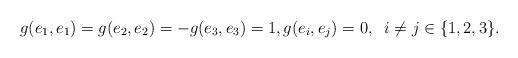
LaTeX: \begin{align*}g(e_1,e_1)=g(e_2,e_2)=-g(e_3,e_3)=1,g(e_i,e_j)=0,\;\; i\neq j \in \{1,2,3\}.\end{align*}